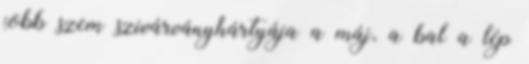
jobb szem szivárványhártyája a máj, a bal a lép